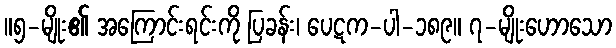
။၅-မျိုး၏ အကြောင်းရင်းကို ပြခန်း၊ ပေဋက-ပါ-၁၈၉။ ၇-မျိုးဟောသော